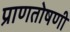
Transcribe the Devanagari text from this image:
प्राणतोषणी